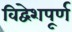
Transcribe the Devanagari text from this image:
विद्वेशपूर्ण